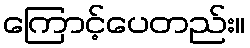
ကြောင့်ပေတည်း။